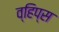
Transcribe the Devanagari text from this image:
व्हिप्स